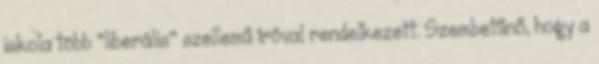
iskola több "liberális" szellemű íróval rendelkezett. Szembetűnő, hogy a